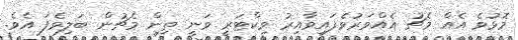
މޮޅުވެ އެއް މެޗު އެއްވަރުވެފައިވާއިރު ވިކްޓަރީ ވަނީ ތިން މެޗުން ބަލިވެފަ އެވެ.